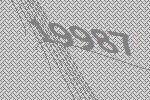
19987